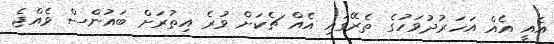
އެއީ އެއް އަހަރުދުވަހުގެ ތެރޭގައި އެއް ޗެކަށް ވުރެ އިތުރަށް ބައުންސް ވެއްޖެ